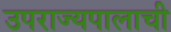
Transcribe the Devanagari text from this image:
उपराज्यपालाची